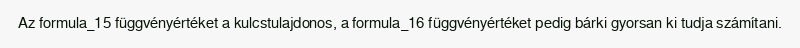
Az formula_15 függvényértéket a kulcstulajdonos, a formula_16 függvényértéket pedig bárki gyorsan ki tudja számítani.